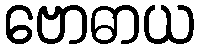
ဗောဓာယ